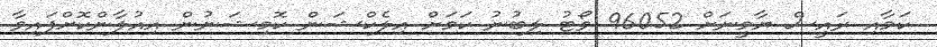
ކަމާއި ރައީސް ޔާމީނަށް 96052 ވޯޓު ލިބުނު ކަމަށް އިލެކްޝަން ކޮމިޝަނުން އިއުލާންކޮށްފައިވާ